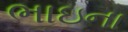
ભાઇના